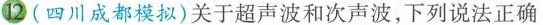
12(四川成都模拟)关于超声波和次声波，下列说法正确